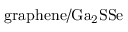
\mathrm { g r a p h e n e / G a _ { 2 } S S e }